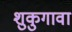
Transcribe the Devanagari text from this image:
शुकुगावा